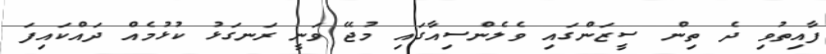
ފާއިތުވި ދެ ތިން ސީޒަންގައި ވެލެންސިއާގައި މުޖޭ ވަނީ ރަނގަޅު ކުޅުމެއް ދައްކައިފަ